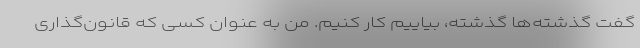
گفت گذشته‌ها گذشته، بیاییم کار کنیم. من به عنوان کسی که قانون‌گذاری